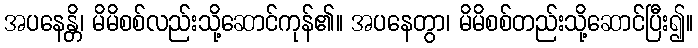
အပနေန္တိ၊ မိမိစစ်လည်းသို့ဆောင်ကုန်၏။ အပနေတွာ၊ မိမိစစ်တည်းသို့ဆောင်ပြီး၍။